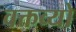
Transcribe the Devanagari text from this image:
वक्तव्यो